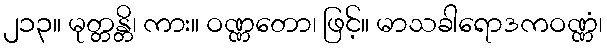
၂၁၃။ မုတ္တန္တိ၊ ကား။ ဝဏ္ဏတော၊ ဖြင့်။ မာသခါရောဒကဝဏ္ဏံ၊